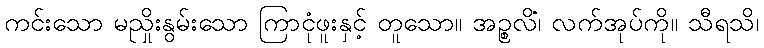
ကင်းသော မညှိုးနွမ်းသော ကြာငုံဖူးနှင့် တူသော။ အဉ္စလိံ၊ လက်အုပ်ကို။ သီရသိ၊